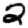
Digit: 2